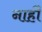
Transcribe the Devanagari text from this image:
नाहीे